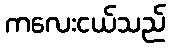
ကလေးငယ်သည်